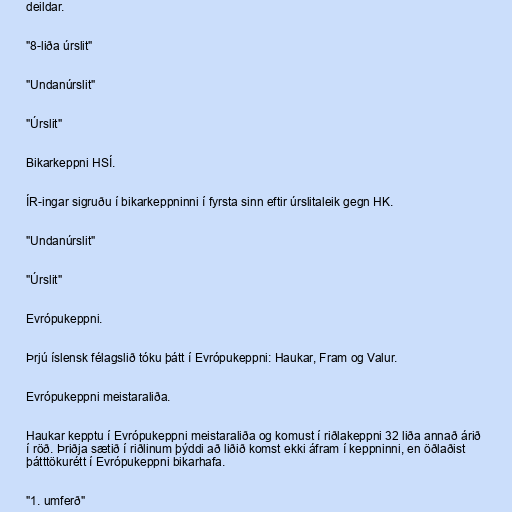
deildar.

"8-liða úrslit"

"Undanúrslit"

"Úrslit"

Bikarkeppni HSÍ.

ÍR-ingar sigruðu í bikarkeppninni í fyrsta sinn eftir úrslitaleik gegn HK.

"Undanúrslit"

"Úrslit"

Evrópukeppni.

Þrjú íslensk félagslið tóku þátt í Evrópukeppni: Haukar, Fram og Valur.

Evrópukeppni meistaraliða.

Haukar kepptu í Evrópukeppni meistaraliða og komust í riðlakeppni 32 liða annað árið
í röð. Þriðja sætið í riðlinum þýddi að liðið komst ekki áfram í keppninni, en öðlaðist
þátttökurétt í Evrópukeppni bikarhafa.

"1. umferð"